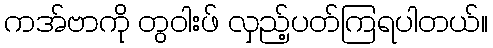
ကအ်ဗာကို တွဝါးဖ် လှည့်ပတ်ကြရပါတယ်။